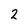
Character: 2